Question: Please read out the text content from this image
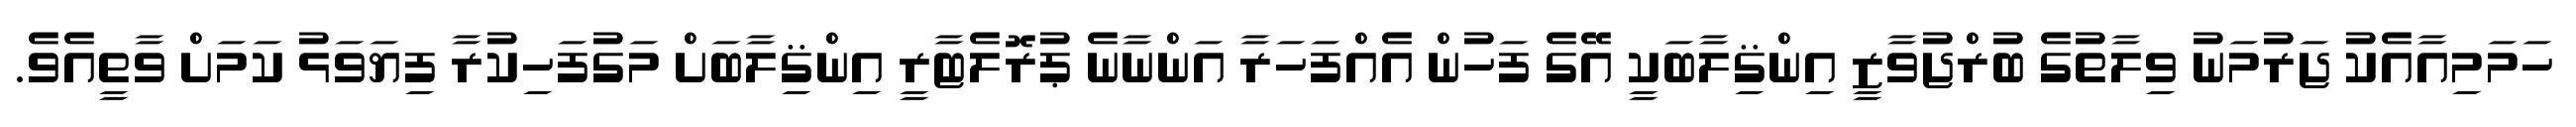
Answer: ހަމަމިއާއެކު ޖަރުމަނު ވިލާތުގެ ބުރްޖުވާޒީ އިންޤިލާބަކީ އޭގެ ފަހުން އެއްފަހަރާ އަންނާނެ ޕުރޮލެޓާރީ އިންޤިލާބަށް މަގުފަހިކުރާ ފިޔަވަޅު ކަމަށް ވާތީއެވެ.